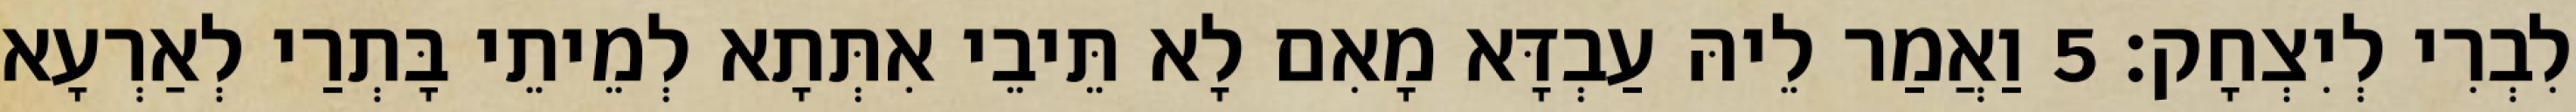
לִבְרִי לְיִצְחָק׃ 5 וַאֲמַר לֵיהּ עַבְדָּא מָאִם לָא תֵּיבֵי אִתְּתָא לְמֵיתֵי בָּתְרַי לְאַרְעָא